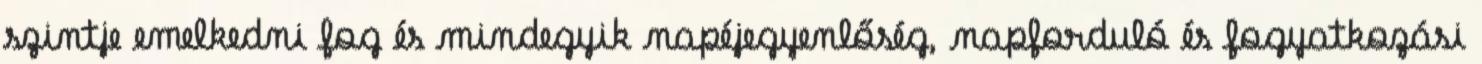
szintje emelkedni fog és mindegyik napéjegyenlőség, napforduló és fogyatkozási